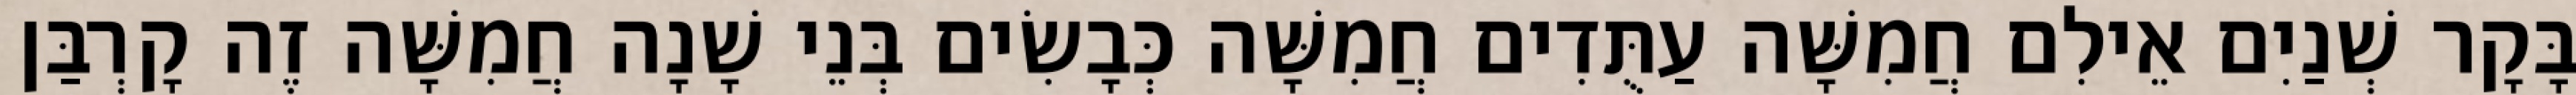
בָּקָר שְׁנַיִם אֵילִם חֲמִשָּׁה עַתֻּדִים חֲמִשָּׁה כְּבָשִׂים בְּנֵי שָׁנָה חֲמִשָּׁה זֶה קָרְבַּן